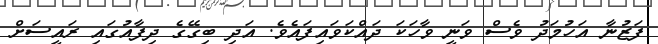
ފަޒުނާ އަހުމަދު ވެސް ވަނީ ވާހަކަ ދައްކަވައިފައެވެ. އަދި ބިގޭގެ ދިފާއުގައި ރައީސަށް